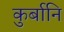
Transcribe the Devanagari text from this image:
कुर्बानि